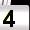
Digit: 4